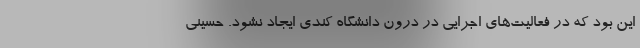
این بود که در فعالیت‌های اجرایی در درون دانشگاه کندی ایجاد نشود. حسینی